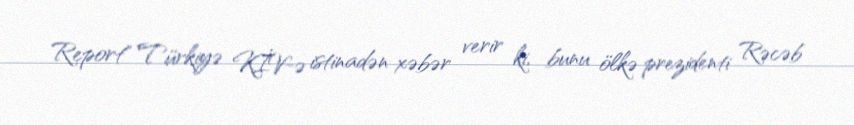
Report" Türkiyə KİV-ə istinadən xəbər verir ki, bunu ölkə prezidenti Rəcəb